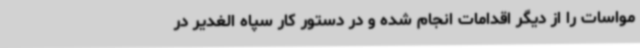
مواسات را از دیگر اقدامات انجام شده و در دستور کار سپاه الغدیر در